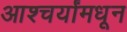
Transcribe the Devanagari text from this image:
आश्चर्यांमधून